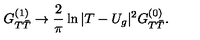
G _ { T { \bar { T } } } ^ { ( 1 ) } \rightarrow \frac { 2 } { \pi } \ln | T - U _ { g } | ^ { 2 } G _ { T { \bar { T } } } ^ { ( 0 ) } .